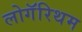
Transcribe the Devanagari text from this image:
लोगॅरिथम